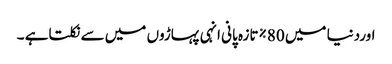
اوردنیا میں 80%تازہ پانی انہی پہاڑوں میں سے نکلتاہے ۔